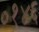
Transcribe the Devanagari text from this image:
०१४६